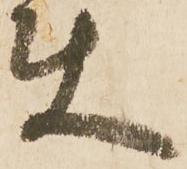
使